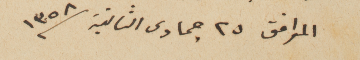
الموافق ٢٥ جمادى الثانية سنة ١٣٥٨